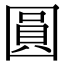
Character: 圓